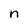
Character: n